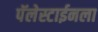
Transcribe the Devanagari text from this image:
पॅलेस्टाईनला